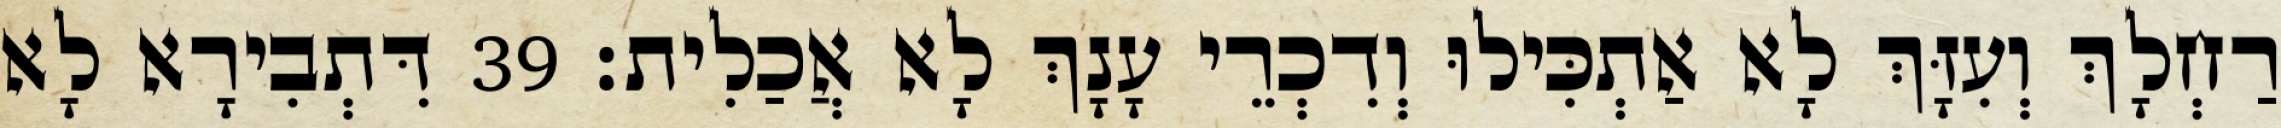
רַחְלָךְ וְעִזָּךְ לָא אַתְכִּילוּ וְדִכְרֵי עָנָךְ לָא אֲכַלִית׃ 39 דִּתְבִירָא לָא